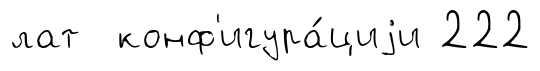
лат конф'игура́циjи 222